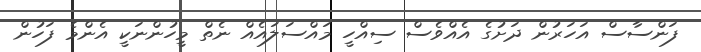
ފަންސާސް އަހަރުން ދަށުގެ އެއްވެސް ސިއްހީ މައްސަލައެއް ނެތް މީހުންނަކީ އެންމެ ފަހުން